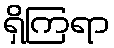
ရှိကြရာ